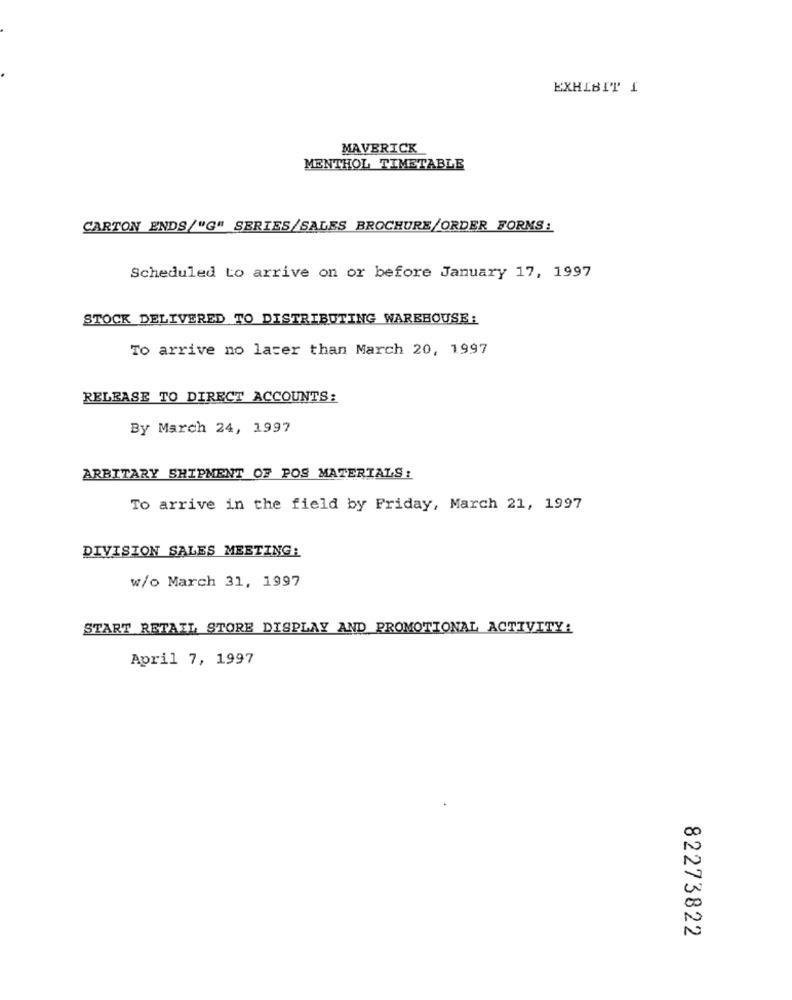
EXHIBIT 1
MAVERICK
MENTHOL TIMETABLE
CARTON ENDS/"G" SERIES/SALES BROCHURE/ORDER FORMS:
Scheduled to arrive on or before January 17, 1997
STOCK DELIVERED TO DISTRIBUTING WAREHOUSE:
To arrive no later than March 20, 1997
RELEASE TO DIRECT ACCOUNTS:
By March 24, 1997
ARBITARY SHIPMENT OF POS MATERIALS:
To arrive in the field by Friday, March 21, 1997
DIVISION SALES MEETING:
w/o March 31, 1997
START RETAIL STORE DISPLAY AND PROMOTIONAL ACTIVITY:
April 7, 1997
82273822